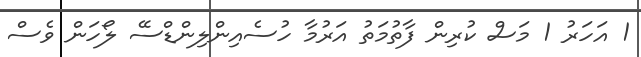
1 އަހަރު 1 މަސް ކުރިން ފާތުމަތު އަރުމާ ހުސެއިންލިންޑްސޭ ލޯހަން ވެސް